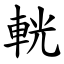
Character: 輄